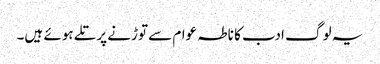
یہ لوگ ادب کا ناطہ عوام سے توڑنے پر تلے ہوئے ہیں۔